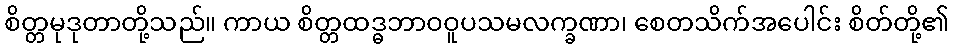
စိတ္တမုဒုတာတို့သည်။ ကာယ စိတ္တထဒ္ဓဘာဝဝူပသမလက္ခဏာ၊ စေတသိက်အပေါင်း စိတ်တို့၏